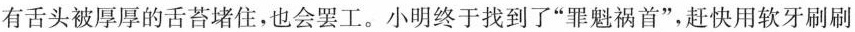
有舌头被厚厚的舌苔堵住，也会罢工。小明终于找到了”罪魁祸首”，赶快用软牙刷刷